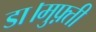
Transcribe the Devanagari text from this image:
डा।मुफ़्ती